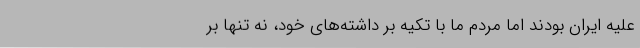
علیه ایران بودند اما مردم ما با تکیه بر داشته‌های خود، نه تنها بر